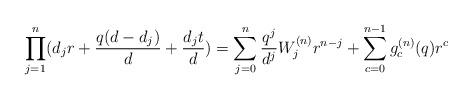
LaTeX: \begin{align*} \prod_{j=1}^{n}(d_jr + \frac{q(d-d_j)}{d}+ \frac{d_jt}{d})= \sum_{j=0}^{n} \frac{q^j}{d^j}W^{(n)}_jr^{n-j} +\sum_{c=0}^{n-1}g^{(n)}_c(q)r^{c}\end{align*}